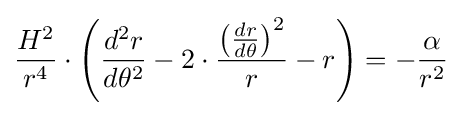
{\frac {H^{2}}{r^{4}}}\cdot \left({\frac {d^{2}r}{d\theta ^{2}}}-2\cdot {\frac {\left({\frac {dr}{d\theta }}\right)^{2}}{r}}-r\right)=-{\frac {\alpha }{r^{2}}}